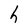
Character: h